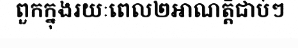
ពួកក្នុងរយៈពេល២អាណត្តិជាប់ៗ